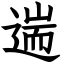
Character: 遄